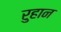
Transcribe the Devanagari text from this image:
रुहान